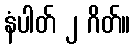
နံပါတ် ၂ ဂိတ်။